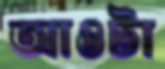
আওটা